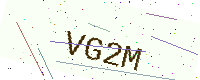
Text: VG2M